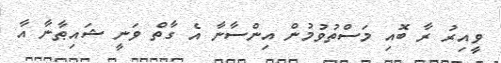
ވީއިރު ރާ ބޮއި މަސްތުވުމުން އިންސާނާ އެ ގާތް ވަނީ ޝައިޠާނާ އާ